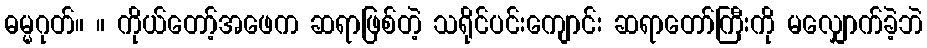
ဓမ္မဂုတ်။ ။ ကိုယ်တော့်အဖေက ဆရာဖြစ်တဲ့ သရိုင်ပင်းကျောင်း ဆရာတော်ကြီးကို မလျှောက်ခဲ့ဘဲ